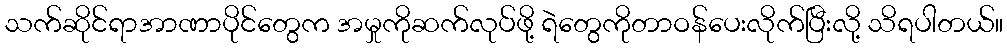
သက်ဆိုင်ရာအာဏာပိုင်တွေက အမှုကိုဆက်လုပ်ဖို့ ရဲတွေကိုတာဝန်ပေးလိုက်ပြီးလို့ သိရပါတယ်။